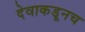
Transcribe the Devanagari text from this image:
देवाकडूनच